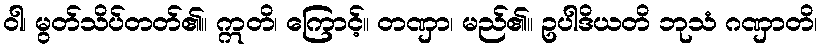
ဝါ၊ မွတ်သိပ်တတ်၏။ ဣတိ၊ ကြောင့်။ တဏှာ၊ မည်၏။ ဥပါဒိယတိ ဘုသံ ဂဏှာတိ၊